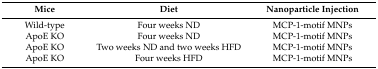
| Mice | Diet | Nanoparticle Injection |
 | --- | --- | --- |
 | Wild-type | Four weeks ND | MCP-1-motif MNPs |
 | ApoE KO | Four weeks ND | MCP-1-motif MNPs |
 | ApoE KO | Two weeks ND and two weeks HFD | MCP-1-motif MNPs |
 | ApoE KO | Four weeks HFD | MCP-1-motif MNPs |